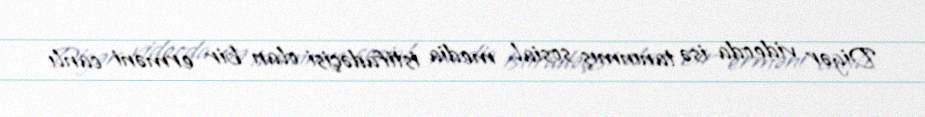
Digər videoda isə tanınmış sosial media istifadəçisi olan bir erməni canlı